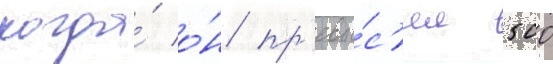
когда́ о́н пр'евы́с'ил 500